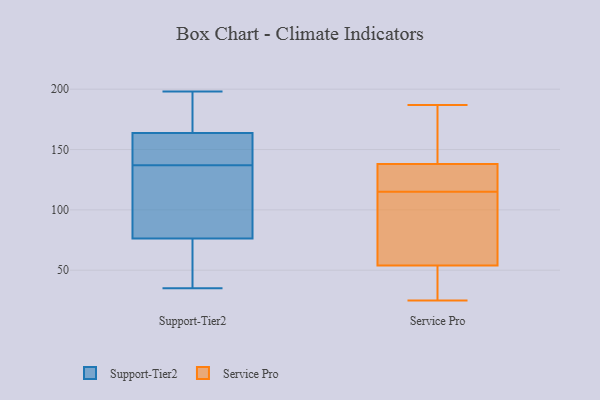
{"axis": {"x": "LTV (USD)", "y": "Value"}, "legend": ["Service Pro", "Support-Tier2"], "data": [{"x": "", "y": 74, "type": "Support-Tier2"}, {"x": "", "y": 175, "type": "Support-Tier2"}, {"x": "", "y": 112, "type": "Support-Tier2"}, {"x": "", "y": 154, "type": "Support-Tier2"}, {"x": "", "y": 189, "type": "Support-Tier2"}, {"x": "", "y": 101, "type": "Support-Tier2"}, {"x": "", "y": 137, "type": "Support-Tier2"}, {"x": "", "y": 160, "type": "Support-Tier2"}, {"x": "", "y": 77, "type": "Support-Tier2"}, {"x": "", "y": 198, "type": "Support-Tier2"}, {"x": "", "y": 154, "type": "Support-Tier2"}, {"x": "", "y": 40, "type": "Support-Tier2"}, {"x": "", "y": 35, "type": "Support-Tier2"}, {"x": "", "y": 187, "type": "Service Pro"}, {"x": "", "y": 138, "type": "Service Pro"}, {"x": "", "y": 49, "type": "Service Pro"}, {"x": "", "y": 105, "type": "Service Pro"}, {"x": "", "y": 65, "type": "Service Pro"}, {"x": "", "y": 89, "type": "Service Pro"}, {"x": "", "y": 177, "type": "Service Pro"}, {"x": "", "y": 128, "type": "Service Pro"}, {"x": "", "y": 94, "type": "Service Pro"}, {"x": "", "y": 39, "type": "Service Pro"}, {"x": "", "y": 133, "type": "Service Pro"}, {"x": "", "y": 54, "type": "Service Pro"}, {"x": "", "y": 25, "type": "Service Pro"}, {"x": "", "y": 125, "type": "Service Pro"}, {"x": "", "y": 39, "type": "Service Pro"}, {"x": "", "y": 186, "type": "Service Pro"}, {"x": "", "y": 130, "type": "Service Pro"}, {"x": "", "y": 172, "type": "Service Pro"}]}